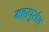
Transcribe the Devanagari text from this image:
महापुरांत